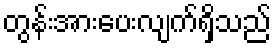
တွန်းအားပေးလျက်ရှိသည်